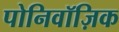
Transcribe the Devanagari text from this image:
पोनिवॉज़िक